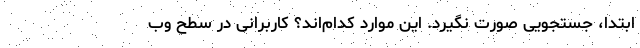
ابتدا، جستجویی صورت نگیرد. این موارد کدام‌اند؟ کاربرانی در سطح وب